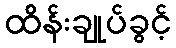
ထိန်းချုပ်ခွင့်